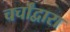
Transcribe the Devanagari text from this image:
चर्चांद्वारा